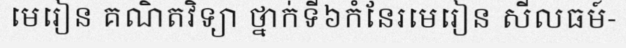
មេរៀន គណិតវិទ្យា ថ្នាក់ទី៦កំនែរមេរៀន សីលធម៍-